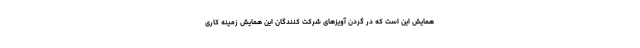
همایش این است که در گردن آویزهای شرکت کنندگان این همایش زمینه کاری